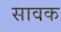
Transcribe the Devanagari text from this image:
सावक